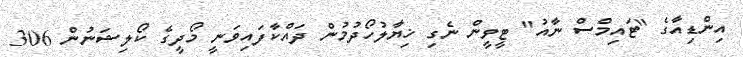
އިންޑިއާގެ "ޓައިމްސް ނާއު" ޓީވީން ނެގި ޚިޔާލުހޯދުމުން ދައްކާފައިވަނީ މޯދީގެ ކޯލިޝަނުން 306